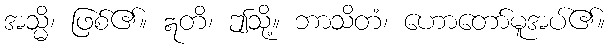
အသ္မိ၊ ဖြစ်၏။ ဣတိ၊ ဤသို့။ ဘာသိတံ၊ ဟောတော်မူအပ်၏။